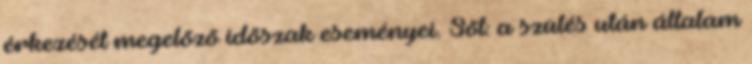
érkezését megelõzõ idõszak eseményei. Sõt: a szülés után általam